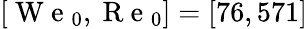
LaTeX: [\mathrm{~W~e~}_{0},\mathrm{~R~e~}_{0}]=[76,571]